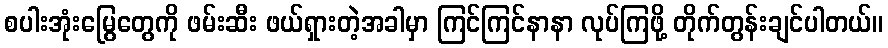
စပါးအုံးမြွေတွေကို ဖမ်းဆီး ဖယ်ရှားတဲ့အခါမှာ ကြင်ကြင်နာနာ လုပ်ကြဖို့ တိုက်တွန်းချင်ပါတယ်။